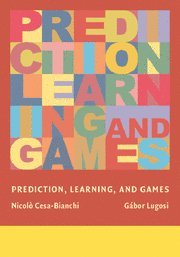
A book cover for Prediction, Learning, and Games; Nicolo Cesa-Bianchi; Science & Math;